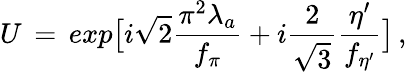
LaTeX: U\, =\, exp\bigl[i\sqrt{2}{\frac{\pi^{2}\lambda_{a}}{f_{\pi}}}+i{\frac{2}{\sqrt{3}}}{\frac{\eta^{\prime}}{f_{\eta^{\prime}}}}\bigr]\, ,